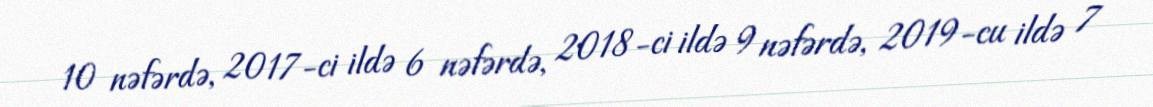
10 nəfərdə, 2017-ci ildə 6 nəfərdə, 2018-ci ildə 9 nəfərdə, 2019-cu ildə 7